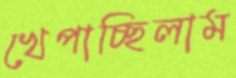
খেপাচ্ছিলাম